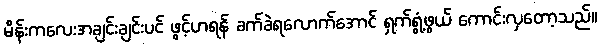
မိန်းကလေးအချင်းချင်းပင် ဖွင့်ဟရန် ခက်ခဲရလောက်အောင် ရှက်ရွံ့ဖွယ် ကောင်းလှတော့သည်။